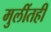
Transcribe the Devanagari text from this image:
मुलींतही